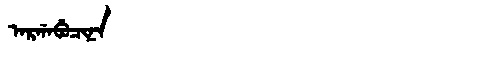
Manchu: ᠠᡵᡤᠠᠪᡠᠴᡳᠨᠠ
Romanization: ARGABUCINA